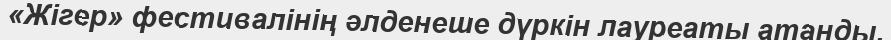
«Жігер» фестивалінің әлденеше дүркін лауреаты атанды.